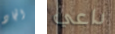
الجاد داعي